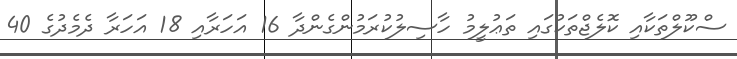
ސްކޫލްތަކާއި ކޮލެޖްތަކުގައި ތަޢުލީމު ހާސިލުކުރަމުންގެންދާ 16 އަހަރާއި 18 އަހަރާ ދެމެދުގެ 40